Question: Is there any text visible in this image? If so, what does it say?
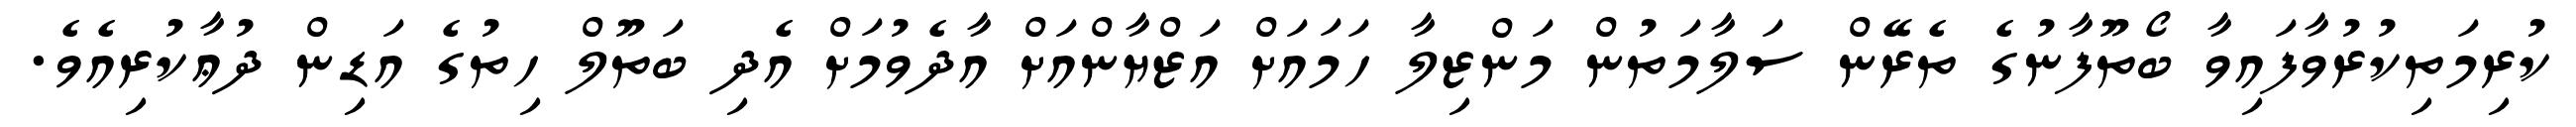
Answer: ކުރިމަތިކުރުވާފައިވާ ބޯތޫފާނުގެ ތެރޭން ސަލާމަތުން މަންޒިލާ ހަމައަށް އަޒްޔާންއަށް އާދެވުމަށް އެދި ބަތޫލް ހިތުގެ އަޑިން ދުޢާކުރިއެވެ.